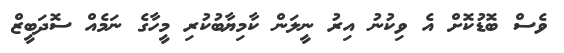
ވެސް ބޮޑުކޮށް އެ ވިކުނު އިރު ނީލަން ކާމިޔާބުކުރި މީހާގެ ނަމެއް ސޮދަބީޒް